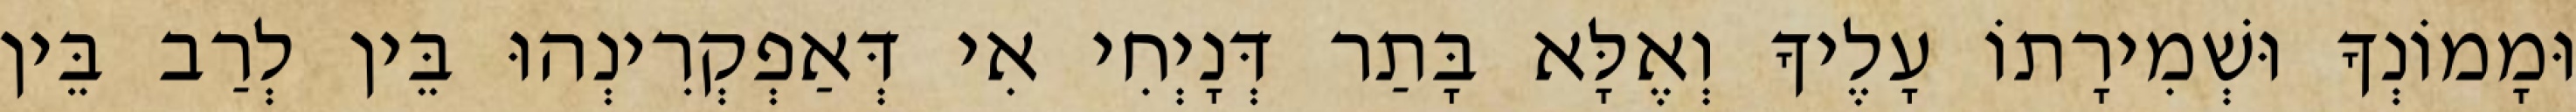
וּמָמוֹנְךָ וּשְׁמִירָתוֹ עָלֶיךָ וְאֶלָּא בָּתַר דְּנָיְחִי אִי דְּאַפְקְרִינְהוּ בֵּין לְרַב בֵּין